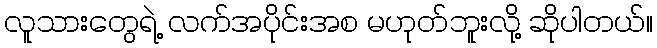
လူသားတွေရဲ့ လက်အပိုင်းအစ မဟုတ်ဘူးလို့ ဆိုပါတယ်။